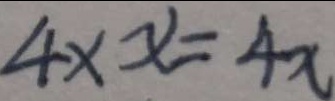
4 \times x = 4 x